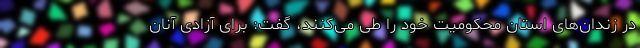
در زندان‌های استان محکومیت خود را طی می‌کنند، گفت: برای آزادی آنان